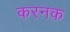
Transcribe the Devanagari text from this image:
करनक